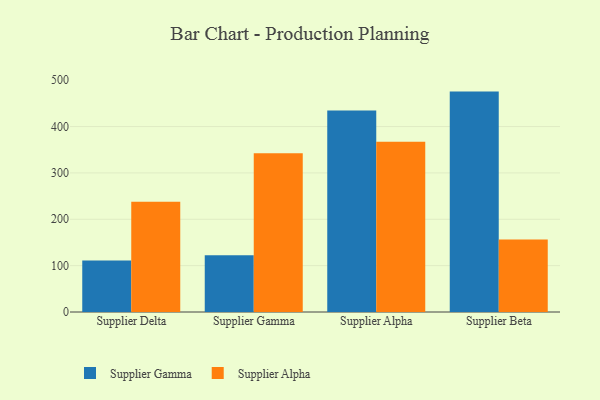
{"axis": {"x": "Supplier", "y": "Humidity (%)"}, "legend": ["Supplier Alpha", "Supplier Gamma"], "data": [{"x": "Supplier Delta", "y": 111.1, "type": "Supplier Gamma"}, {"x": "Supplier Delta", "y": 237.7, "type": "Supplier Alpha"}, {"x": "Supplier Gamma", "y": 122.2, "type": "Supplier Gamma"}, {"x": "Supplier Gamma", "y": 342.3, "type": "Supplier Alpha"}, {"x": "Supplier Alpha", "y": 434.8, "type": "Supplier Gamma"}, {"x": "Supplier Alpha", "y": 367.0, "type": "Supplier Alpha"}, {"x": "Supplier Beta", "y": 475.4, "type": "Supplier Gamma"}, {"x": "Supplier Beta", "y": 156.4, "type": "Supplier Alpha"}]}